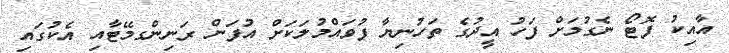
އާއިކު ފޮޓޯ ނެގުމަށް ފަހު އީދުގެ ތަހުނިޔާ ފުވައްމުލަކަށް އުފަން ރަނިންގމޭޓާއި އެކުގައި